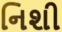
નિશી